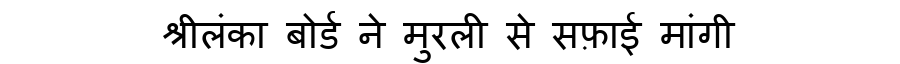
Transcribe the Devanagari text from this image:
श्रीलंका बोर्ड ने मुरली से सफ़ाई मांगी